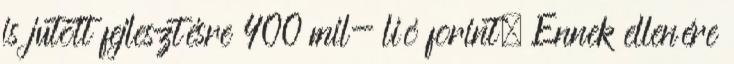
is jutott fejlesztésre 400 mil- lió forint. Ennek ellenére